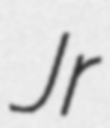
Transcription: Jr